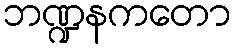
ဘဏ္ဍနကတော